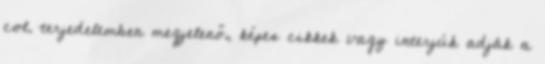
col. terjedelemben megjelenő, képes cikkek vagy interjúk adják a